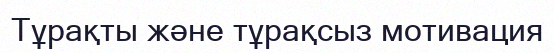
Тұрақты және тұрақсыз мотивация